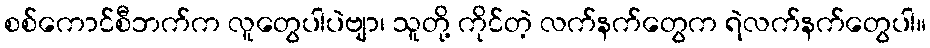
စစ်ကောင်စီဘက်က လူတွေပါပဲဗျာ၊ သူတို့ ကိုင်တဲ့ လက်နက်တွေက ရဲလက်နက်တွေပါ။